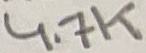
Text: 4.7K